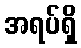
အရပ်ရှိ